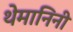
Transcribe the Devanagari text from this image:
थेमानिनी